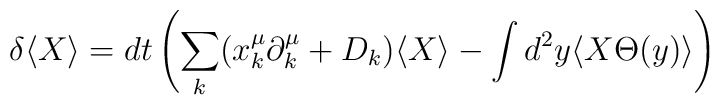
\delta \langle X\rangle =dt\left( \sum _{k}(x_{k}^{\mu }\partial _{k}^{\mu }+D_{k})\langle X\rangle -\int d^{2}y\langle X\Theta (y)\rangle \right)